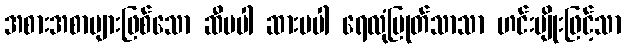
အစားအစာများဖြစ်သော ဆီမပါ ဆားမပါ ရေလုံပြုတ်သာသာ ဟင်းမျိုးဖြင့်သာ